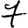
Digit: 7